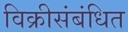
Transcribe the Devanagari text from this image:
विक्रीसंबंधित